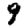
Digit: 9